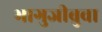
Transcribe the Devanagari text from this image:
भागुजीबुवा